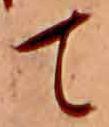
て